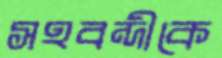
সহবন্দীকে